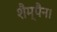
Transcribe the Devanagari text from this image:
शैम्पैन।